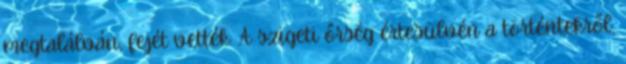
megtalálván, fejét vették. A szigeti őrség értesülvén a történtekről,